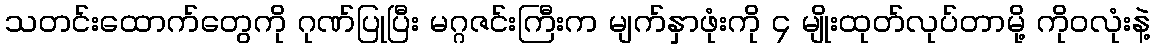
သတင်းထောက်တွေကို ဂုဏ်ပြုပြီး မဂ္ဂဇင်းကြီးက မျက်နှာဖုံးကို ၄ မျိုးထုတ်လုပ်တာမို့ ကိုဝလုံးနဲ့